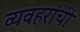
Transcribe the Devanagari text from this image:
व्यवहरांची